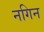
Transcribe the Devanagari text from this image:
नगिन